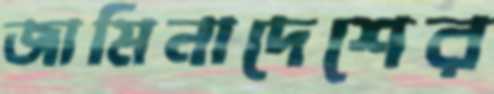
জামিনাদেশের